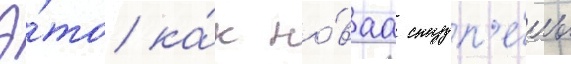
Э́то ка́к но́ваа ступ'е́нь